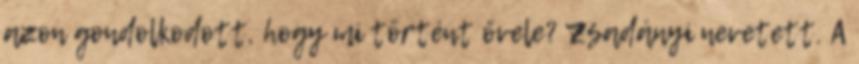
azon gondolkodott, hogy mi történt ővele? Zsadányi nevetett. A